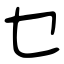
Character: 乜